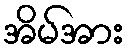
အိမ်အား